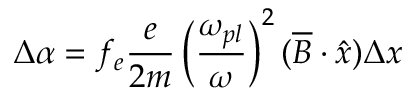
\Delta \alpha = f _ { e } \frac { e } { 2 m } \left( \frac { \omega _ { p l } } { \omega } \right) ^ { 2 } ( \overline { { { B } } } \cdot \hat { x } ) \Delta x